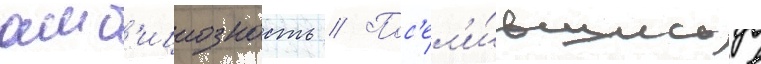
амб'ициозность // Пос'ел'и́вшись в